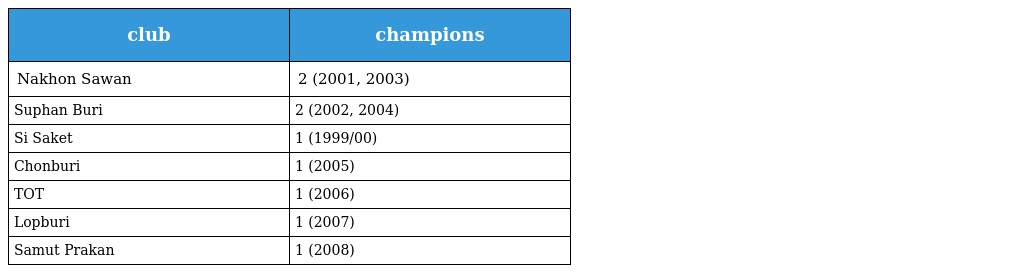
| club | champions |
 | --- | --- |
 | Nakhon Sawan | 2 (2001, 2003) |
 | Suphan Buri | 2 (2002, 2004) |
 | Si Saket | 1 (1999/00) |
 | Chonburi | 1 (2005) |
 | TOT | 1 (2006) |
 | Lopburi | 1 (2007) |
 | Samut Prakan | 1 (2008) |